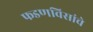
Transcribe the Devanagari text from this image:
फडणविसांचे